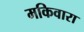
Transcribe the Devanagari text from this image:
मकिवारा